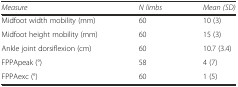
<table><thead><tr><td><b><i>Measure</i></b></td><td><b><i>N limbs</i></b></td><td><b><i>Mean (SD)</i></b></td></tr></thead><tbody><tr><td>Midfoot width mobility (mm)</td><td>60</td><td>10 (3)</td></tr><tr><td>Midfoot height mobility (mm)</td><td>60</td><td>15 (3)</td></tr><tr><td>Ankle joint dorsiflexion (cm)</td><td>60</td><td>10.7 (3.4)</td></tr><tr><td>FPPApeak (°)</td><td>58</td><td>4 (7)</td></tr><tr><td>FPPAexc (°)</td><td>60</td><td>1 (5)</td></tr></tbody></table>